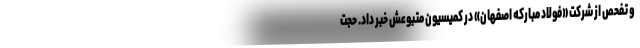
و تفحص از شرکت «فولاد مبارکه اصفهان» در کمیسیون متبوعش خبر داد. حجت